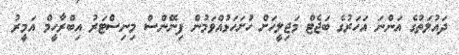
ދައުލަތުގެ އަންނަ އަހަރުގެ ބަޖެޓް މަޖިލީހަށް ހުށަހަޅުއްވަމުން ފިނޭންސް މިނިސްޓަރު އިބްރާހީމް އަމީރު